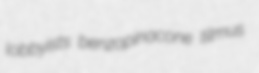
lobbyists benzopinacone tilmus